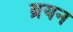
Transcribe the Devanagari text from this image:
ब्रयन